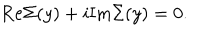
LaTeX: \mathrm { R e } \Sigma ( y ) + i \mathrm { I m } \Sigma ( y ) = 0 .